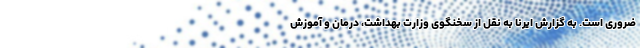
ضروری است. به گزارش ایرنا به نقل از سخنگوی وزارت بهداشت، درمان و آموزش